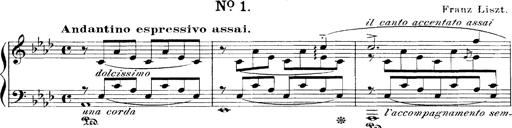
Title: LiebestrÃ¤ume
Composer: Franz Behr
Key: E-flat major